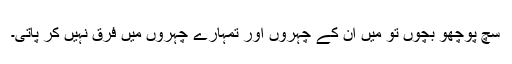
سچ پوچھو بچوں تو میں اُن کے چہروں اور تمہارے چہروں میں فرق نہیں کر پاتی۔